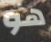
هو